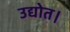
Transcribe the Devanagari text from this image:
उद्योत।